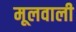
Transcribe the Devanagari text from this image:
मूलवाली